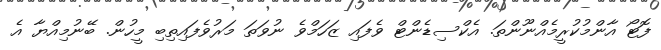
ފޮޓޯ އާންމުކުރީމެއްނޫންތަ. އެކްސިޑެންޓް ވެފައި ޒަހަމްވެ ނުވަތަ މަރުވެފައިތިބި މީހުން. ބޭނުމިއްޔާ އެ